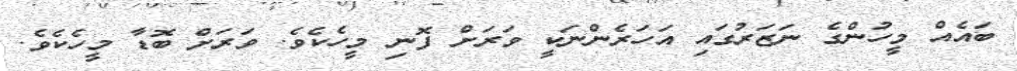
ބައެއް މީހުންގެ ނަޒަރުގައި އަހަރެންނަކީ ވަރަށް ފޮނި މީހެކެވެ. ވަރަށް ބޮޑާ މީހެކެވެ.